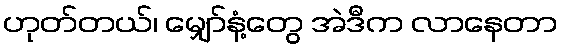
ဟုတ်တယ်၊ မျှော်နံ့တွေ အဲဒီက လာနေတာ